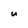
Character: u